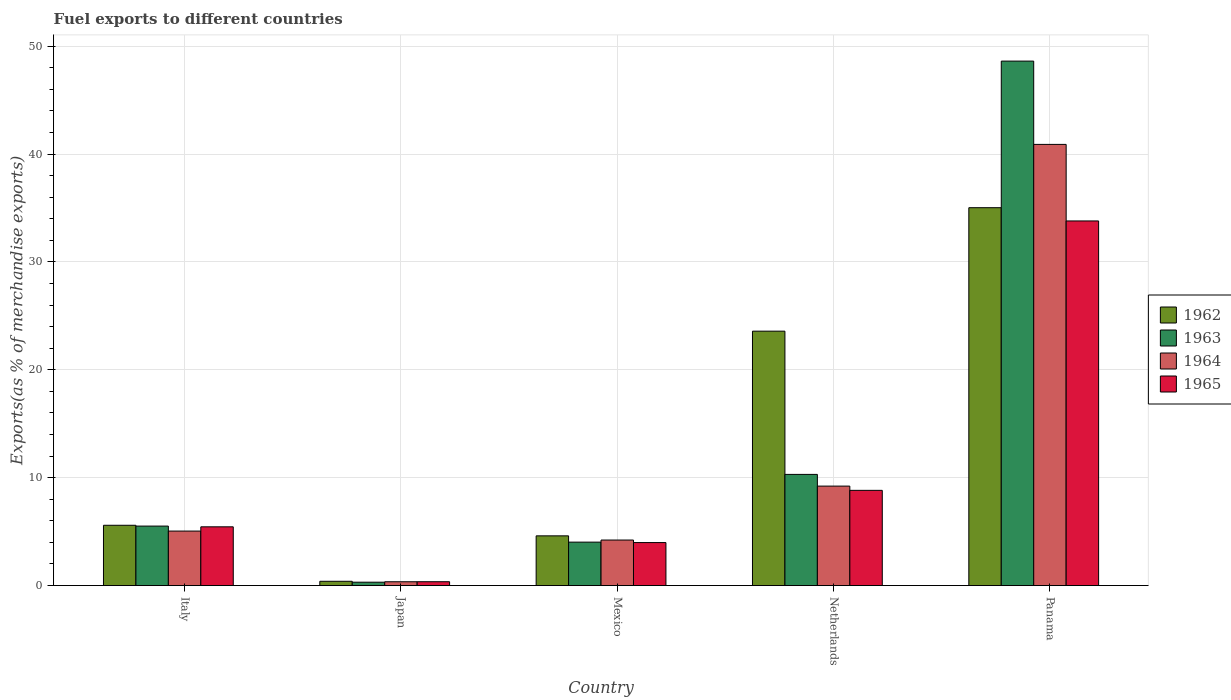
| Country | 1962 | 1963 | 1964 | 1965 |
 | --- | --- | --- | --- | --- |
 | Italy | 5.59 | 5.51 | 5.05 | 5.45 |
 | Japan | 0.397 | 0.312 | 0.353 | 0.355 |
 | Mexico | 4.61 | 4.03 | 4.22 | 3.99 |
 | Netherlands | 23.6 | 10.3 | 9.22 | 8.83 |
 | Panama | 35 | 48.6 | 40.9 | 33.8 |